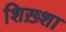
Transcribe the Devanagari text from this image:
शिख़्शा